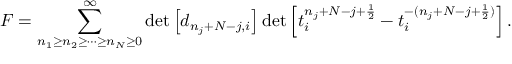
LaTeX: { \cal F } = \sum _ { n _ { 1 } \geq n _ { 2 } \geq \cdots \geq n _ { N } \geq 0 } ^ { \infty } \operatorname * { d e t } \left[ d _ { n _ { j } + N - j , i } \right] \operatorname * { d e t } \left[ t _ { i } ^ { n _ { j } + N - j + \frac { 1 } { 2 } } - t _ { i } ^ { - ( n _ { j } + N - j + \frac { 1 } { 2 } ) } \right] .